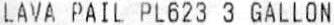
LAVA PAIL PL623 3 GALLON